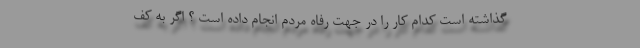
گذاشته است کدام کار را در جهت رفاه مردم انجام داده است ؟ اگر به کف